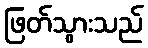
ဖြတ်သွားသည်